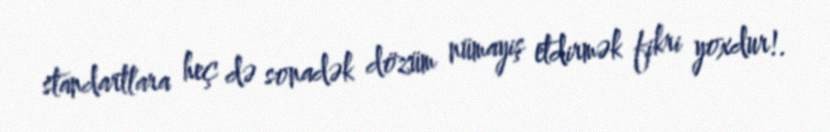
standartlara heç də sonadək dözüm nümayiş etdirmək fikri yoxdur!.